King Institute of Preventive Medicine Micro-Biological Section reports 1912-19
Year: 1912
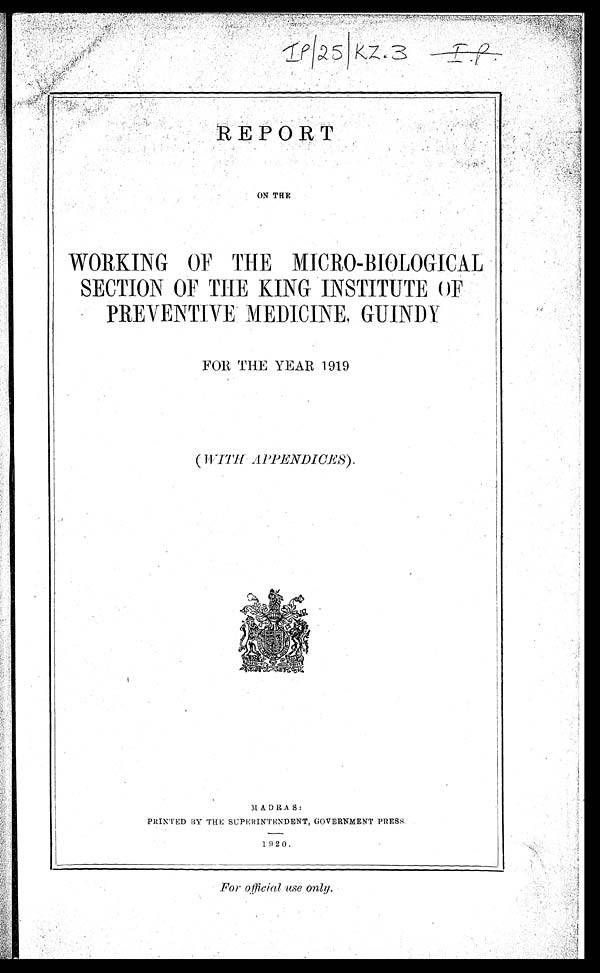
REPORT
ON THE
WORKING OF THE MICRO-BIOLOGICAL
SECTION OF THE KING INSTITUTE OFF
PREVENTIVE MEDICINE, GUINDY
FOR THE YEAR 1919
(WITH APPENDICES ) .
MADRAS:
PRINTED BY THE SUPERINTENDENT, GOVERNMENT PRESS
192
0
For official use only.